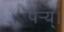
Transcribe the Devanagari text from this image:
पेर्‍य्।